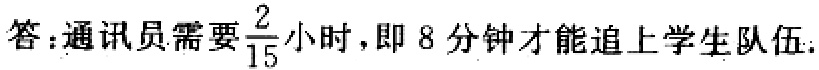
答：通讯员需要$\frac{2}{15}$小时，即 8 分钟才能追上学生队伍.